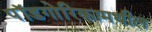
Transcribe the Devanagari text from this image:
पॉडगोरिकामधील